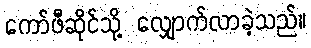
ကော်ဖီဆိုင်သို့ လျှောက်လာခဲ့သည်။